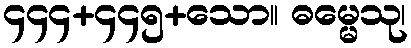
၄၄၄+၄၄၅+သော။ ဓမ္မေသု၊